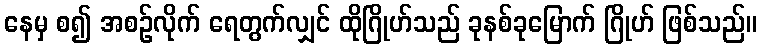
နေမှ စ၍ အစဉ်လိုက် ရေတွက်လျှင် ထိုဂြိုဟ်သည် ခုနစ်ခုမြောက် ဂြိုဟ် ဖြစ်သည်။